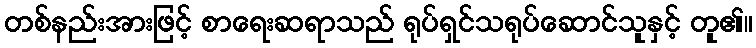
တစ်နည်းအားဖြင့် စာရေးဆရာသည် ရုပ်ရှင်သရုပ်ဆောင်သူနှင့် တူ၏။